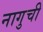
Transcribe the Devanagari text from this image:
नागुची